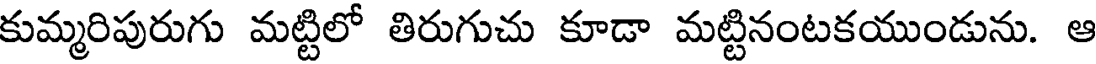
కుమ్మరిపురుగు మట్టిలో తిరుగుచు కూడా మట్టినంటకయుండును. ఆ